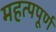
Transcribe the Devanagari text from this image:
महत्‍पपूर्ण